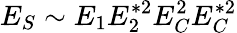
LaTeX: E_{S}\sim E_{1}E_{2}^{*2}E_{C}^{2}E_{C}^{*2}